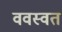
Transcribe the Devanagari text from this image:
ववस्वत